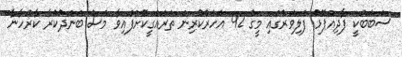
ސަބަބަކީ ފާދިއްޕޮޅު ފެލިވަރުގައި މީގެ 42 އަހަރުކުރިން ތަރައްގީކޮށްފައިވާ މަސް ބަންދުކުރާ ކާރުހާނާ